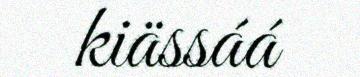
kiässáá